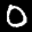
Label: 0